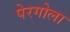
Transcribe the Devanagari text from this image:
पेरगोला